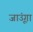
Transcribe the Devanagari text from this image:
जाउूंगा